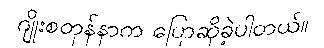
ဂျိုးစတုန်နာက ပြောဆိုခဲ့ပါတယ်။